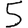
Digit: 5